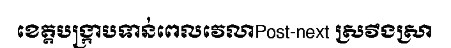
ខេត្តបង្ក្រាបទាន់ពេលវេលាPost-next ស្រវឹងស្រា